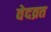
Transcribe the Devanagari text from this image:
वेदव्रत